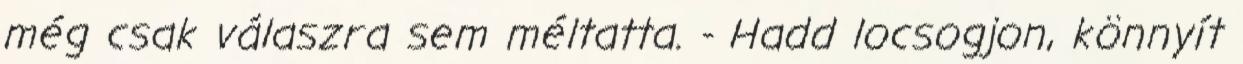
még csak válaszra sem méltatta. - Hadd locsogjon, könnyít